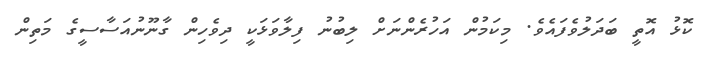
ކޮޅު އޮތީ ބަދަލުވެފައެވެ. މިކަމުން އަހުރެންނަށް ލިބުނު ފިލާވަޅަކީ ދިވެހިން ގާނޫނުއަސާސީގެ މަތިން